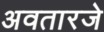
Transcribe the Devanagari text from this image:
अवतारजे